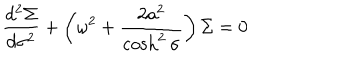
\frac { d ^ { 2 } \Sigma } { d \sigma ^ { 2 } } + \left( { \omega } ^ { 2 } + \frac { 2 a ^ { 2 } } { \cosh ^ { 2 } \sigma } \right) \Sigma = 0